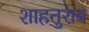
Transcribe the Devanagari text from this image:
शाहतुराब